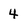
Character: 4